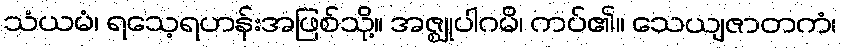
သံယမံ၊ ရသေ့ရဟန်းအဖြစ်သို့။ အဇ္ဈုပါဂမိ၊ ကပ်၏။ သေယျဇာတကံ၊